Vaccination in Burma 1912-1922 - 1912-1922
Year: 1912
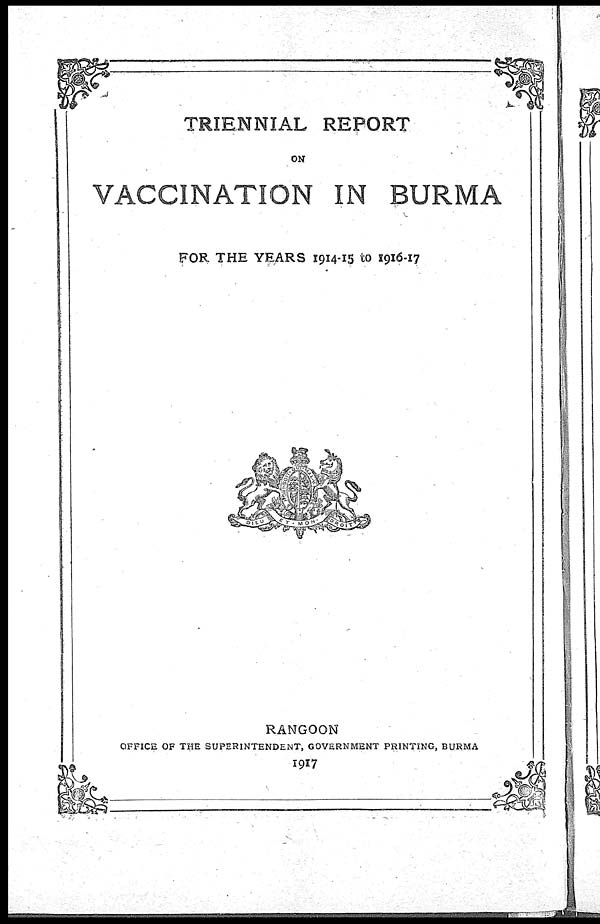
TRIENNIAL REPORT
ON
VACCINATION IN BURMA
FOR THE YEARS 1914-15 to 1916-17
RANGOON
OFFICE OF THE SUPERINTENDENT, GOVERNMENT PRINTING, BURMA
1917